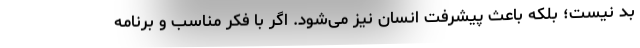
بد نیست؛ بلکه باعث پیشرفت انسان نیز می­شود. اگر با فکر مناسب و برنامه